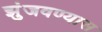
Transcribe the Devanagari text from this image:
झुंजवण्यास